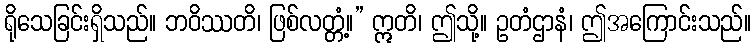
ရိုသေခြင်းရှိသည်။ ဘဝိဿတိ၊ ဖြစ်လတ္တံ့။” ဣတိ၊ ဤသို့။ ဥတံဌာနံ၊ ဤအကြောင်းသည်။